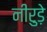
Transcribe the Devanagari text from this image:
नीरुड़े